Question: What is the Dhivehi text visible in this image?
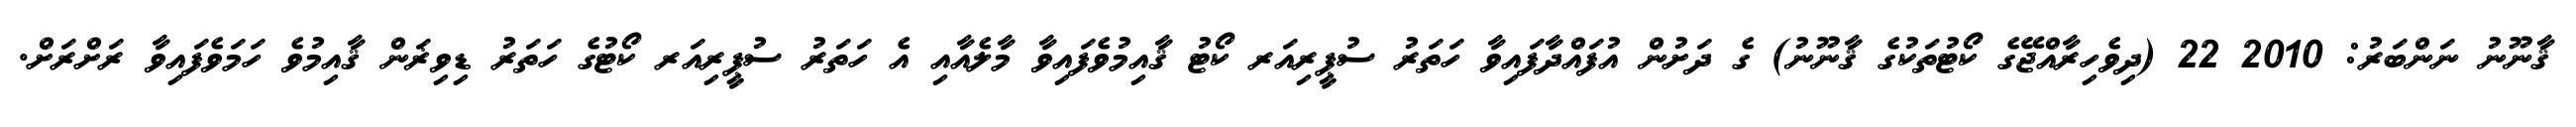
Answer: ޤާނޫނު ނަންބަރު: 2010 22 (ދިވެހިރާއްޖޭގެ ކޯޓުތަކުގެ ޤާނޫނު) ގެ ދަށުން އުފައްދާފައިވާ ހަތަރު ސުޕީރިއަރ ކޯޓު ޤާއިމުވެފައިވާ މާލެއާއި އެ ހަތަރު ސުޕީރިއަރ ކޯޓުގެ ހަތަރު ޑިވިޜަން ޤާއިމުވެ ހަމަވެފައިވާ ރަށްރަށް.